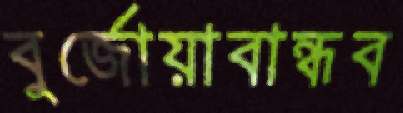
বুর্জোয়াবান্ধব